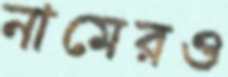
নামেরও